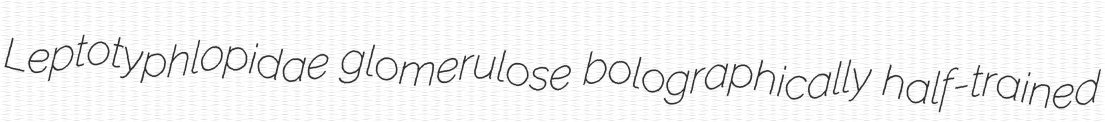
Leptotyphlopidae glomerulose bolographically half-trained